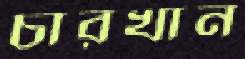
চারখান